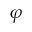
\varphi